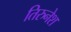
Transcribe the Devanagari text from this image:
तिरुनेश